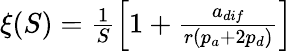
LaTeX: \begin{array}{r}{\xi(S)=\frac{1}{S}\left[1+\frac{a_{dif}}{r(p_{a}+2p_{d})}\right]}\end{array}